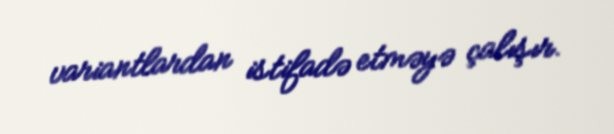
variantlardan istifadə etməyə çalışır.